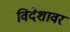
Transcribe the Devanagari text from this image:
विदेशावर